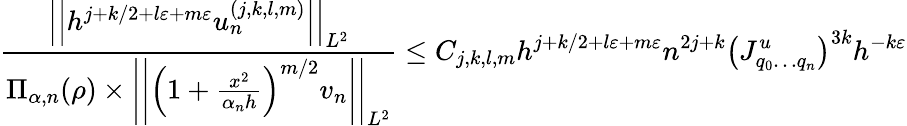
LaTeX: \frac{\left|\left|h^{j+k/2+l\varepsilon+m\varepsilon}u_{n}^{(j,k,l,m)}\right|\right|_{L^{2}}}{\Pi_{\alpha,n}(\rho)\times\left|\left|\left(1+\frac{x^{2}}{\alpha_{n}h}\right)^{m/2}v_{n}\right|\right|_{L^{2}}}\leq C_{j,k,l,m}h^{j+k/2+l\varepsilon+m\varepsilon}n^{2j+k}\left(J_{q_{0}\dots q_{n}}^{u}\right)^{3k}h^{-k\varepsilon}